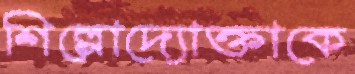
শিল্পোদ্যোক্তাকে